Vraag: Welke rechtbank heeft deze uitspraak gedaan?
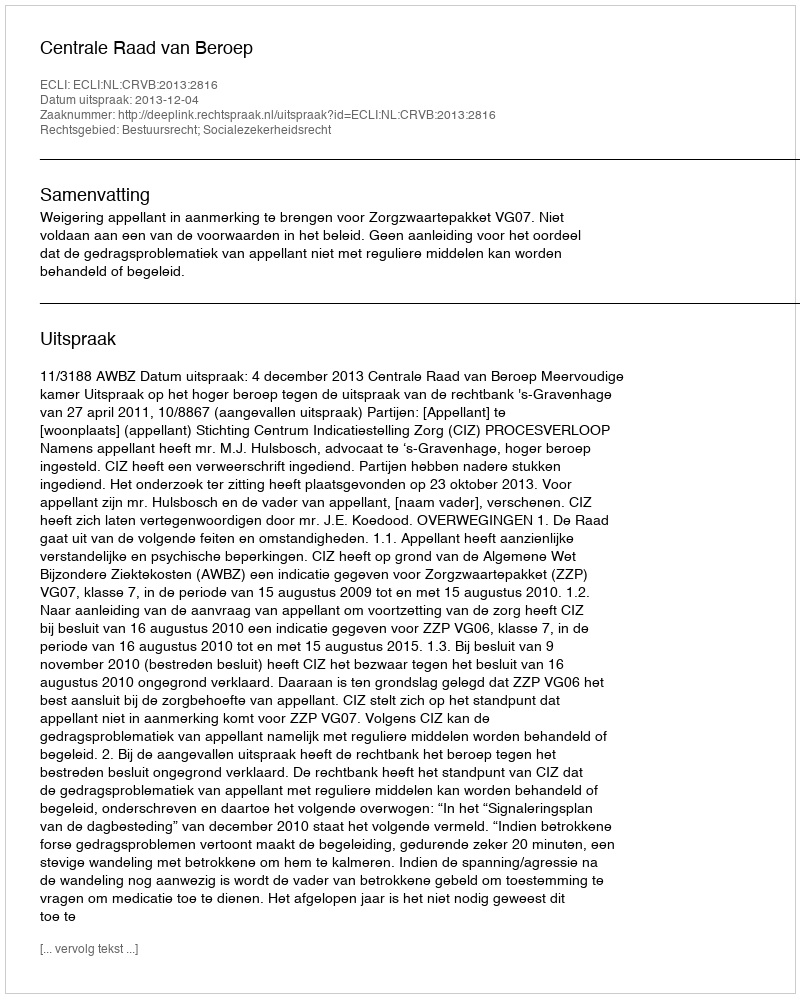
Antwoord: Centrale Raad van Beroep